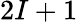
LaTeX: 2I+1